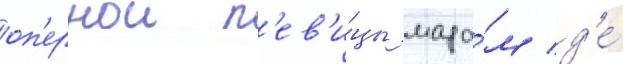
оп'ернои п'ев'и́цы мада́м д'е́